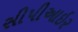
સીપીઆઇર